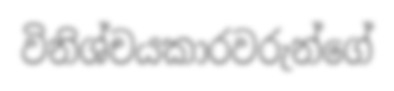
විනිශ්චයකාරවරුන්ගේ